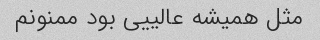
مثل همیشه عالییی بود ممنونم